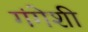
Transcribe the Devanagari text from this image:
गंगेशी